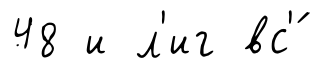
48 и л'иг вс'́